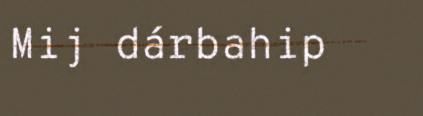
Mij dárbahip